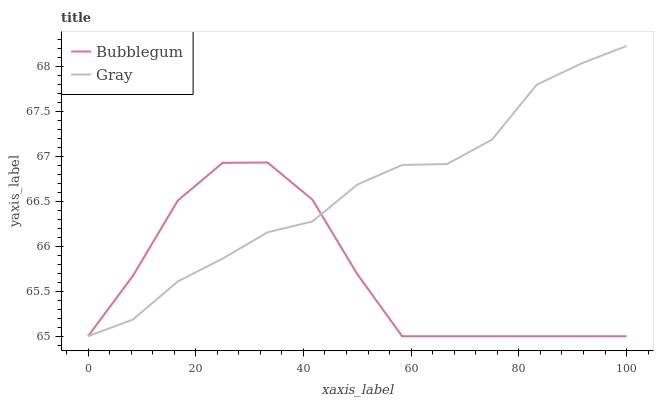
| xaxis_label | Bubblegum | Gray |
 | --- | --- | --- |
 | 0 | 65 | 65 |
 | 8.33 | 65.7 | 65.2 |
 | 16.7 | 66.5 | 65.6 |
 | 25 | 66.9 | 65.9 |
 | 33.3 | 66.9 | 66.2 |
 | 41.7 | 66.5 | 66.3 |
 | 50 | 65.7 | 66.7 |
 | 58.3 | 65 | 66.9 |
 | 66.7 | 65 | 66.9 |
 | 75 | 65 | 67.2 |
 | 83.3 | 65 | 67.8 |
 | 91.7 | 65 | 68 |
 | 100 | 65 | 68.2 |